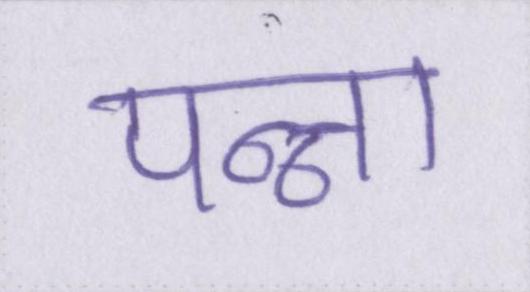
पन्ना